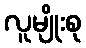
လူမျိုးစု